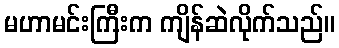
မဟာမင်းကြီးက ကျိန်ဆဲလိုက်သည်။